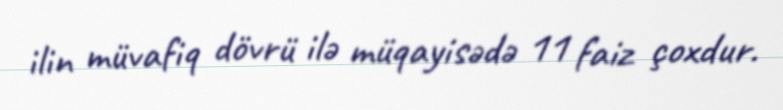
ilin müvafiq dövrü ilə müqayisədə 11 faiz çoxdur.